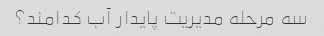
سه مرحله مدیریت پایدار آب کدامند؟